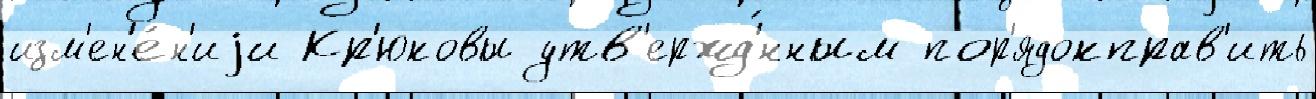
изм'ен'е́н'иjи Кр'юковы утв'ержд'́нным пор'ядокправ'ить